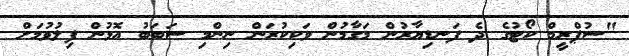
"ސުޕްރީމް ކޯޓުގެ ދެ ފަނޑިޔާރުން މަގާމުން ވަކިކުރަން ނިންމި ސަބަބު އޮޅުން ފިލުވުމަށް